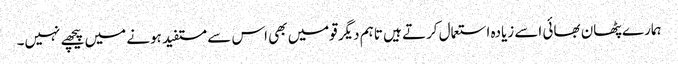
ہمارے پٹھان بھائی اسے زیادہ استعمال کرتے ہیں تاہم دیگر قومیں بھی اس سے مستفید ہونے میں پیچھے نہیں۔